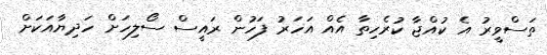
ތަސްވީރު އެ ކުއްޖާ ކުރެހިތާ އެއް އަހަރު ފަހުން ރައީސް ސޯލިހަށް ހަދިޔާއަކަށް